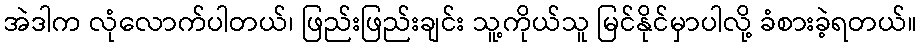
အဲဒါက လုံလောက်ပါတယ်၊ ဖြည်းဖြည်းချင်း သူ့ကိုယ်သူ မြင်နိုင်မှာပါလို့ ခံစားခဲ့ရတယ်။